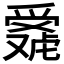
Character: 𬋴